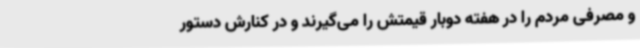
و مصرفی مردم را در هفته دوبار قیمتش را می‌گیرند و در کنارش دستور